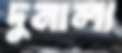
দুনালা